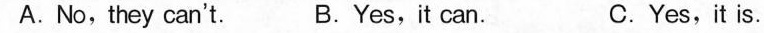
A. No,they can't. B.Yes,it can. C.Yes,it is.